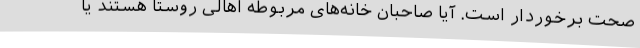
صحت برخوردار است. آیا صاحبان خانه‌های مربوطه اهالی روستا هستند یا